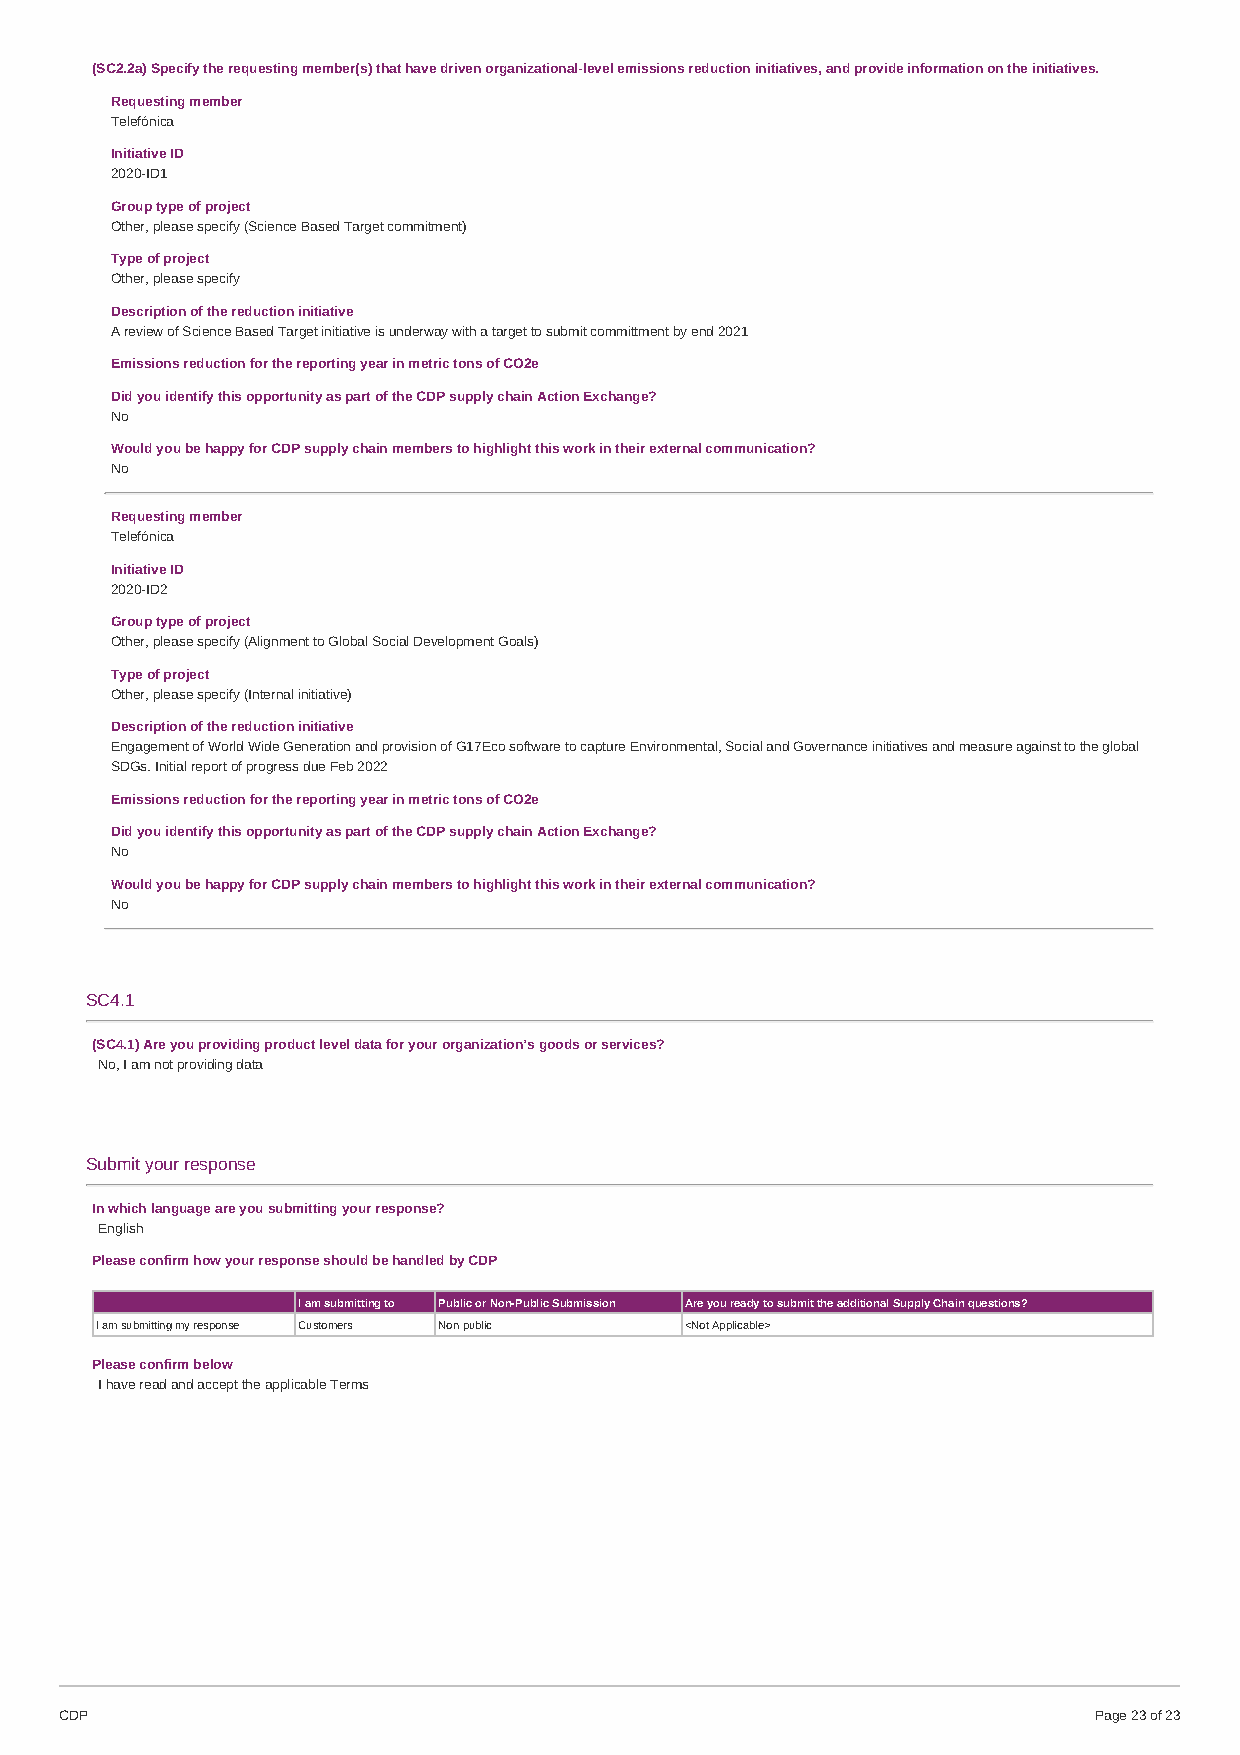
(SC2.2a) Specify the requesting member(s) that have driven organizational-level emissions reduction initiatives, and provide information on the initiatives.
 Requesting member
 Telefónica
 Initiative ID
 2020-ID1
 Group type of project
 Other, please specify (Science Based Target commitment)
 Type of project
 Other, please specify
 Description of the reduction initiative
 A review of Science Based Target initiative is underway with a target to submit committment by end 2021
 Emissions reduction for the reporting year in metric tons of CO2e
 Did you identify this opportunity as part of the CDP supply chain Action Exchange?
 No
 Would you be happy for CDP supply chain members to highlight this work in their external communication?
 No
 Requesting member
 Telefónica
 Initiative ID
 2020-ID2
 Group type of project
 Other, please specify (Alignment to Global Social Development Goals)
 Type of project
 Other, please specify (Internal initiative)
 Description of the reduction initiative
 Engagement of World Wide Generation and provision of G17Eco software to capture Environmental, Social and Governance initiatives and measure against to the global
 SDGs. Initial report of progress due Feb 2022
 Emissions reduction for the reporting year in metric tons of CO2e
 Did you identify this opportunity as part of the CDP supply chain Action Exchange?
 No
 Would you be happy for CDP supply chain members to highlight this work in their external communication?
 No
 SC4.1
 (SC4.1) Are you providing product level data for your organization’s goods or services?
 No, I am not providing data
 Submit your response
 In which language are you submitting your response?
 English
 Please confirm how your response should be handled by CDP
 I am submitting to Public or Non-Public Submission Are you ready to submit the additional Supply Chain questions?
 I am submitting my response Customers Non-public <Not Applicable>
 Please confirm below
 I have read and accept the applicable Terms
 CDP                                                                 Page 23 of 23